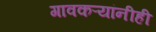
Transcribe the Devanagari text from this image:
गावकऱ्यांनीही